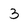
Character: 3